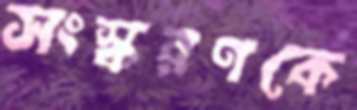
সংস্করণকে